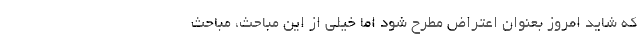
که شاید امروز بعنوان اعتراض مطرح شود اما خیلی از این مباحث، مباحث